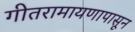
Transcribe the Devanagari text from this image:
गीतरामायणापासून